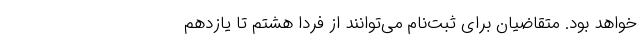
خواهد بود. متقاضیان برای ثبت‌نام می‌توانند از فردا هشتم تا یازدهم